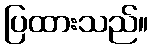
ပြထားသည်။